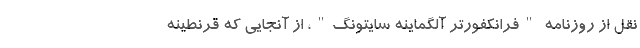
نقل از روزنامه "فرانکفورتر آلگماینه سایتونگ"، از آنجایی که قرنطینه